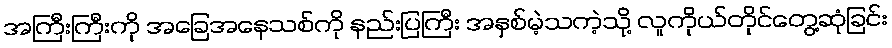
အကြီးကြီးကို အခြေအနေသစ်ကို နည်းပြကြီး အနှစ်မဲ့သကဲ့သို့ လူကိုယ်တိုင်တွေ့ဆုံခြင်း